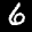
Label: 6